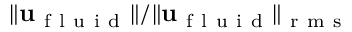
\| \mathbf { u } _ { \mathrm { ~ f ~ l ~ u ~ i ~ d ~ } } \| / \| \mathbf { u } _ { \mathrm { ~ f ~ l ~ u ~ i ~ d ~ } } \| _ { \mathrm { ~ r ~ m ~ s ~ } }